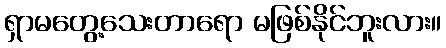
ရှာမတွေ့သေးတာရော မဖြစ်နိုင်ဘူးလား။